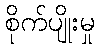
စိုက်ပျိုးမှု